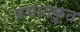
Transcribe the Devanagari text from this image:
प्रभातकृत